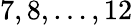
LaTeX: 7,8,\ldots,12